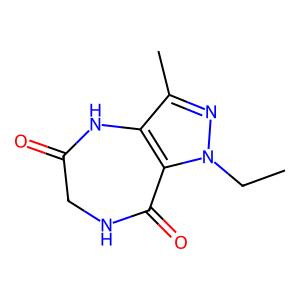
SMILES: CCn1nc(C)c2c1C(=O)NCC(=O)N2
Inhibits HIV replication: No